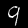
Digit: 9